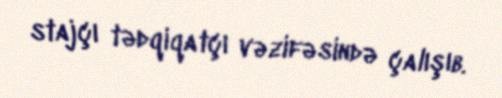
stajçı tədqiqatçı vəzifəsində çalışıb.